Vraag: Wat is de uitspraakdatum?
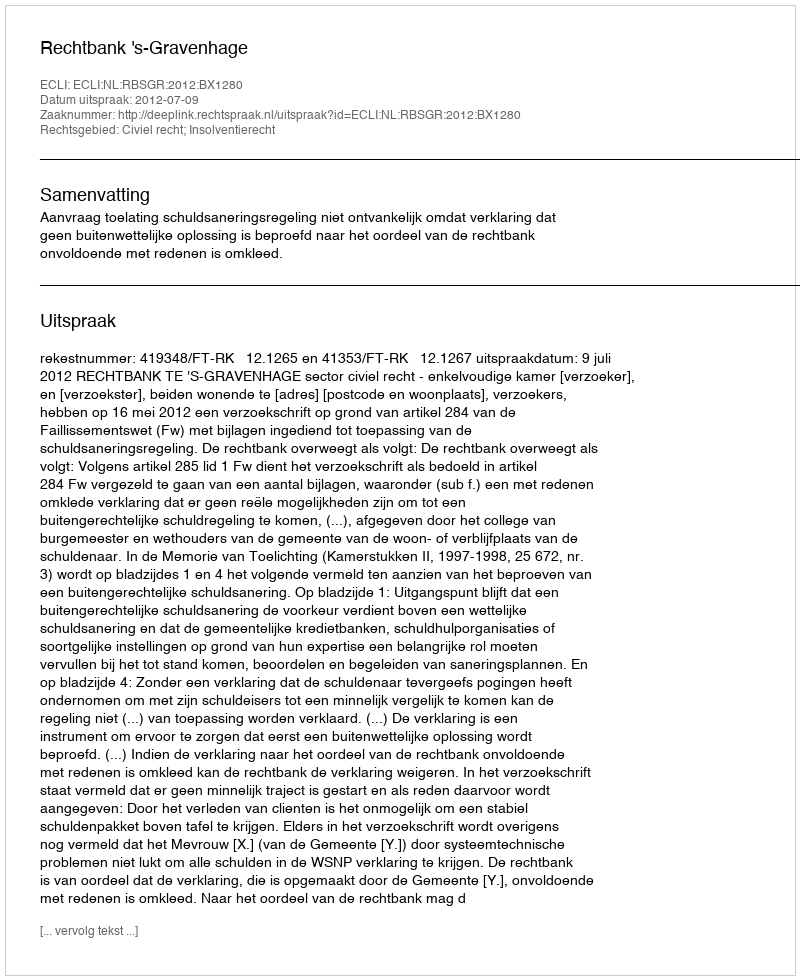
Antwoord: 2012-07-09